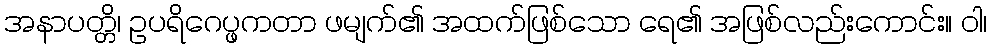
အနာပတ္တိ၊ ဥပရိဂေပ္ဖကတာ ဖမျက်၏ အထက်ဖြစ်သော ရေ၏ အဖြစ်လည်းကောင်း။ ဝါ၊